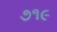
૭૧૯